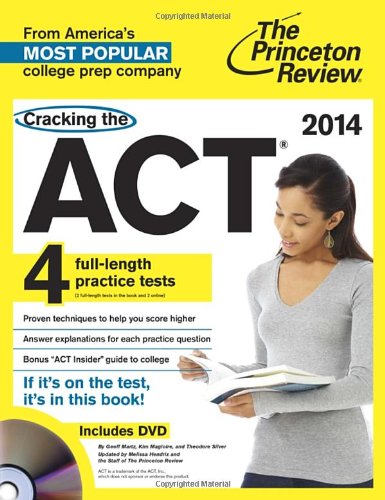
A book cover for Cracking the ACT with 4 Practice Tests & DVD, 2014 Edition (College Test Preparation); Princeton Review; Test Preparation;